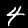
Digit: 4